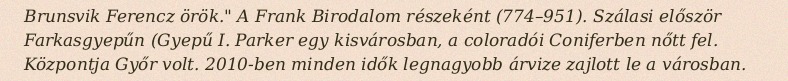
Brunsvik Ferencz örök." A Frank Birodalom részeként (774–951). Szálasi először Farkasgyepűn (Gyepű I. Parker egy kisvárosban, a coloradói Coniferben nőtt fel. Központja Győr volt. 2010-ben minden idők legnagyobb árvize zajlott le a városban.